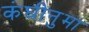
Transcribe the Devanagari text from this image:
कंघीनुमा